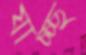
যাচ্চ্ছ